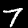
Digit: 7